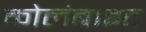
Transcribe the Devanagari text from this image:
कोलंबाइट